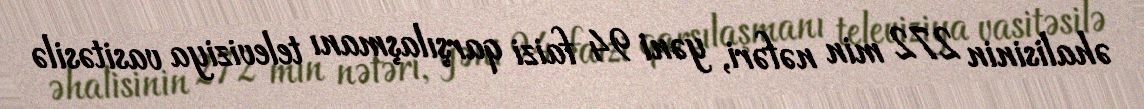
əhalisinin 272 min nəfəri, yəni 94 faizi qarşılaşmanı televiziya vasitəsilə